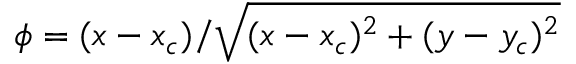
\phi = ( x - x _ { c } ) / \sqrt { ( x - x _ { c } ) ^ { 2 } + ( y - y _ { c } ) ^ { 2 } }